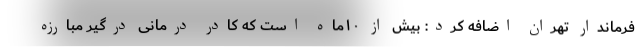
فرماندار تهران اضافه کرد: بیش از ۱۰ماه است که کادر درمانی درگیر مبارزه